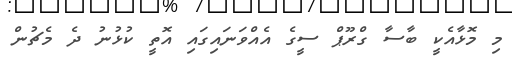
މި މޮޅާއެކީ ބާސާ ގްރޫޕް ސީގެ އެއްވަނައިގައި އޮތީ ކުޅުނު ދެ މެޗުން